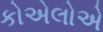
કોએલોએ